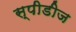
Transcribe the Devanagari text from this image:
स्पीडीज